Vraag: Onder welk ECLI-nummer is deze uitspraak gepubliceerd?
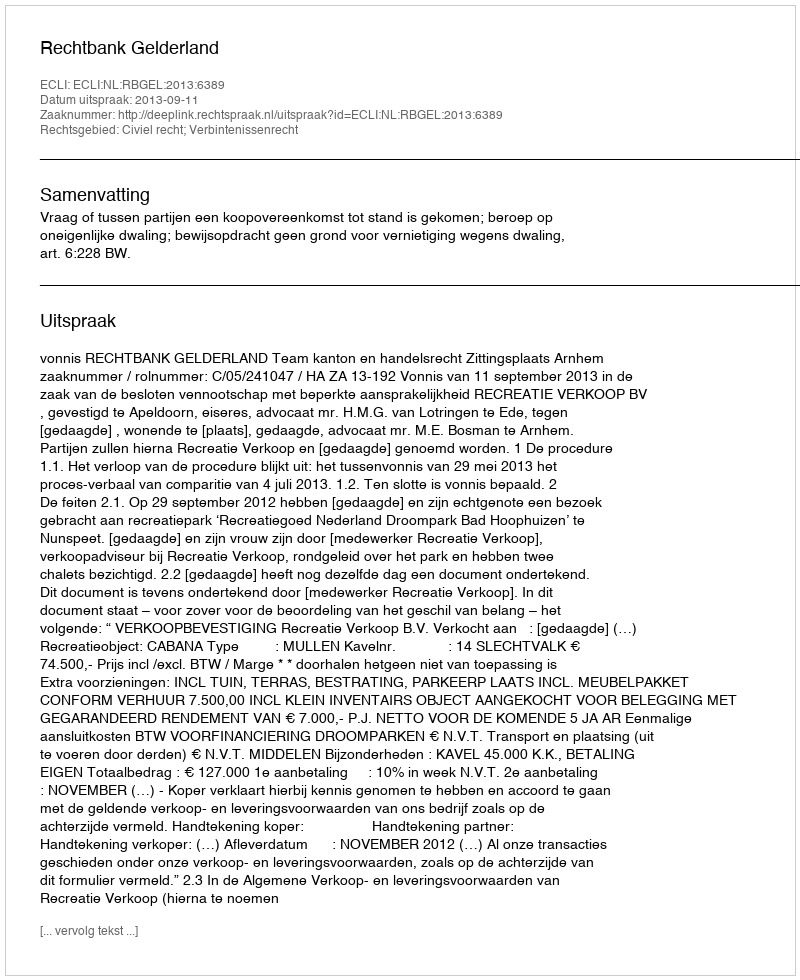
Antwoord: ECLI:NL:RBGEL:2013:6389